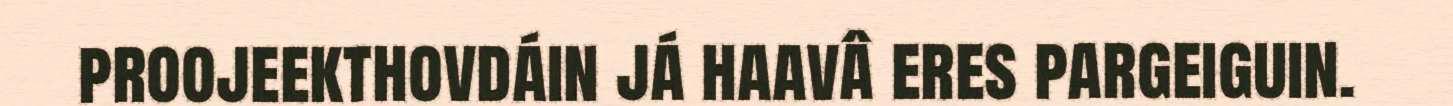
proojeekthovdáin já haavâ eres pargeiguin.